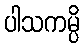
ပါသကမ္ပိ